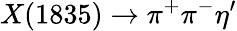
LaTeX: X(1835)\to\pi^{+}\pi^{-}\eta^{\prime}